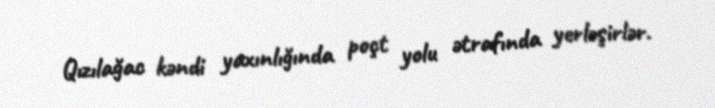
Qızılağac kəndi yaxınlığında poçt yolu ətrafında yerləşirlər.